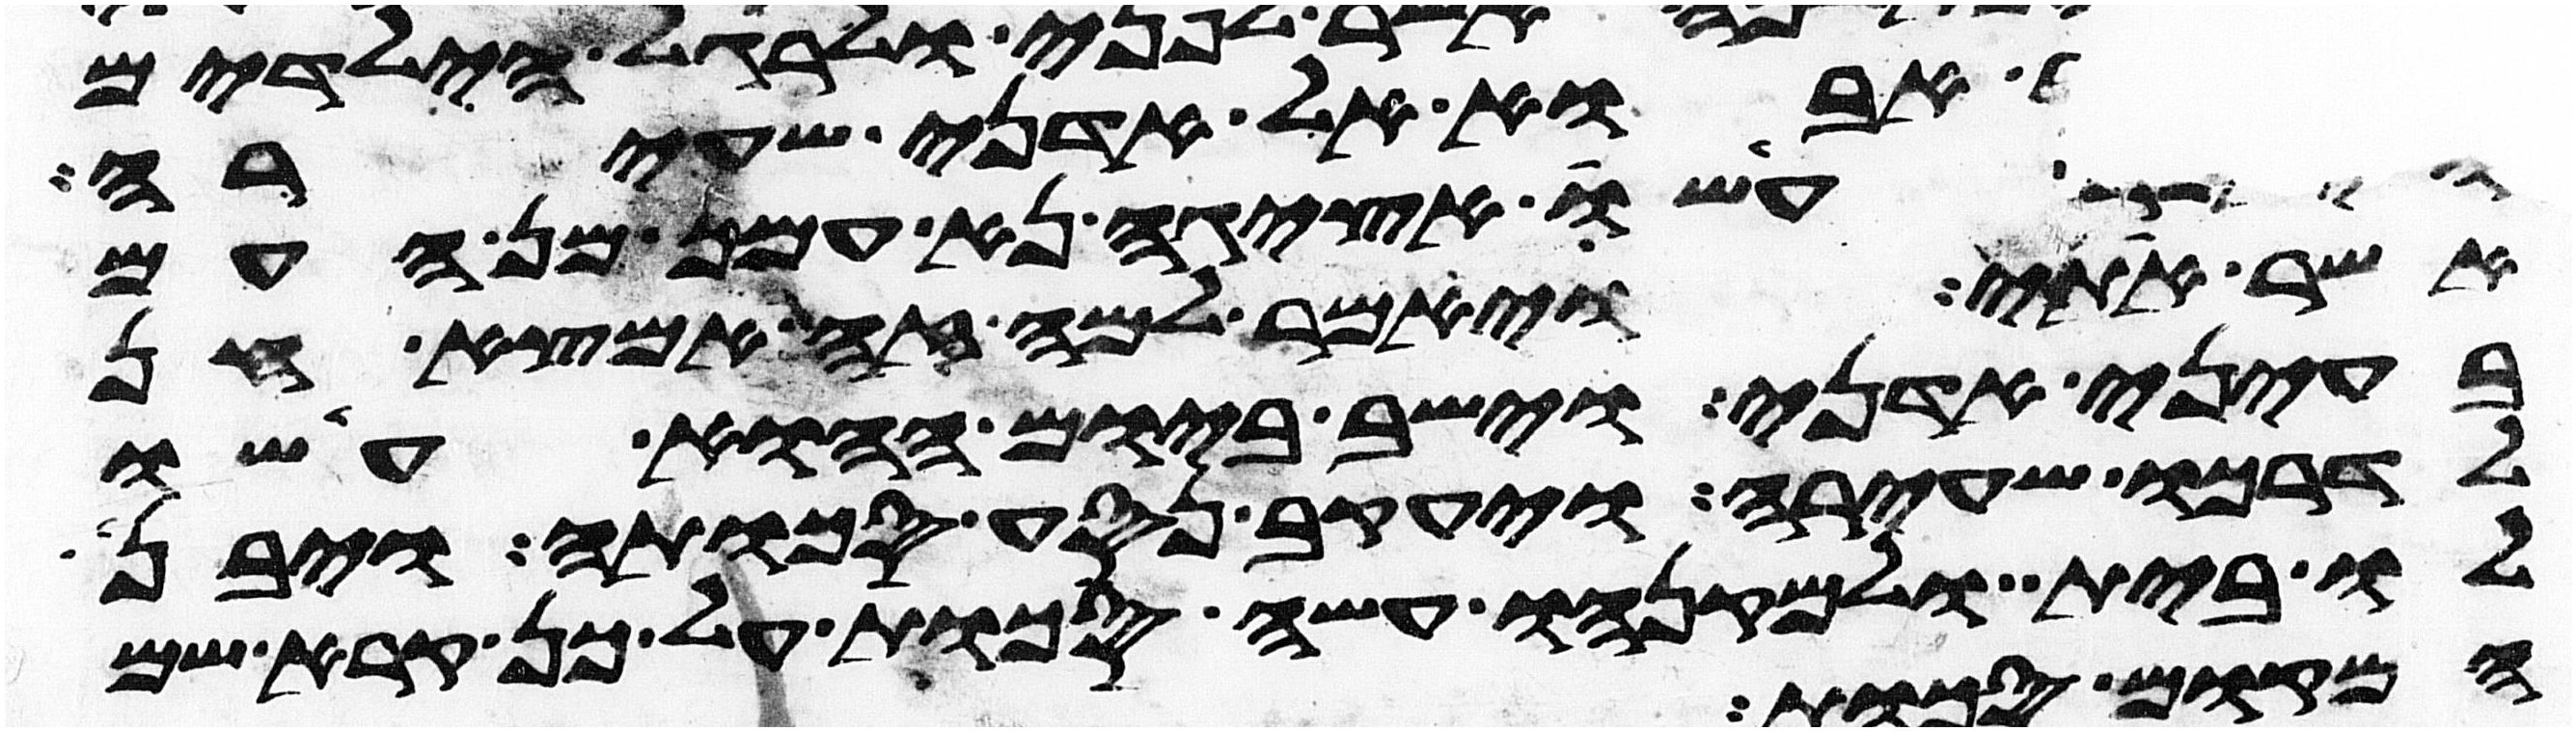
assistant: אבוא אל אדני שעירה
עשו אציגה נא עמך מן העם
אשר אתי ויאמר למה זה אמצא חן
בעיני אדני וישב ביום ההוא עשו
לדרכו שעירה ויעקב נסע סכותה ויבן
לו בית ולמקנהו עשה סכות על כן קרא שם